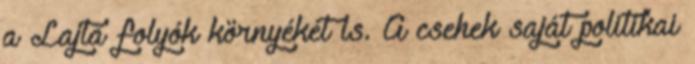
a Lajta folyók környékét is. A csehek saját politikai